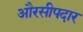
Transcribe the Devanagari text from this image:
औरसीपदार